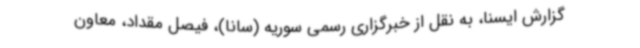
گزارش ایسنا، به نقل از خبرگزاری رسمی سوریه (سانا)، فیصل مقداد، معاون